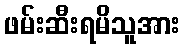
ဖမ်းဆီးရမိသူအား